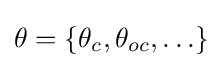
\theta =\{\theta _{c},\theta _{oc},\ldots \}